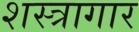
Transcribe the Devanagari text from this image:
शस्‍त्रागार